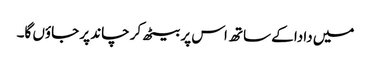
میں دادا کے ساتھ اس پر بیٹھ کر چاند پر جاؤں گا۔